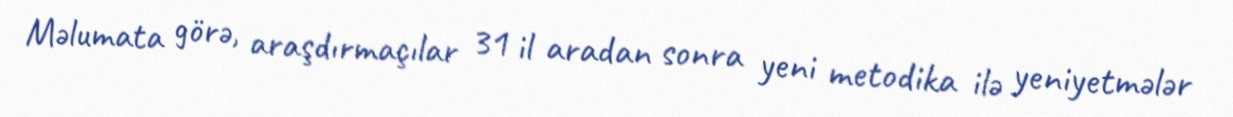
Məlumata görə, araşdırmaçılar 31 il aradan sonra yeni metodika ilə yeniyetmələr